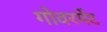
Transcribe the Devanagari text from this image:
गोवरमेंट